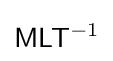
{\mathsf {M}}{\mathsf {L}}{\mathsf {T}}^{-1}